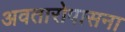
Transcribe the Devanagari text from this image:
अवतारोपासना